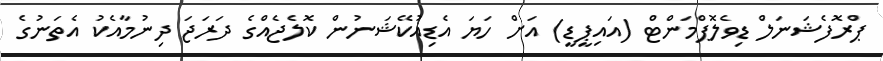
ޕްރޮފެޝަނަލް ޑިވެލޮޕްމަންޓް (އައިޕީޑީ) އަށް ހަޔަ އެޑިއުކޭޝަނުން ކޮލެޖެއްގެ ދަރަޖަ ދިނުމާއެކު އެތަނުގެ